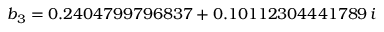
b _ { 3 } = 0 . 2 4 0 4 7 9 9 7 9 6 8 3 7 + 0 . 1 0 1 1 2 3 0 4 4 4 1 7 8 9 \, i